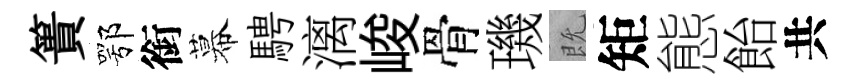
簣鄂銜幕騁漓峻骨璣既矩態飴共